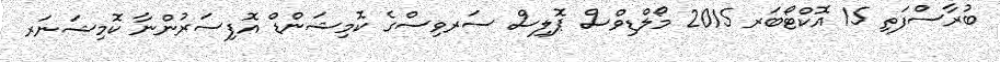
ބުރާސްފަތި 15 އޮކްޓޯބަރ 2015 މޯލްޑިވްސް ޕޮލިސް ސަރވިސްގެ ކޮމިޝަންޑް އޮފިސަރުންނާ ކޮމިޝަނަރ